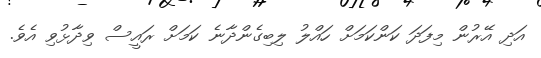
އަދި އޭރުން މިފަދަ ކަންކަމަށް ހައްލު ލިބިގެންދާނެ ކަމަށް ރައީސް ވިދާޅުވި އެވެ.